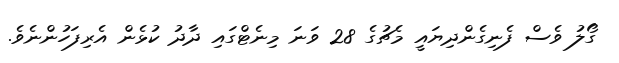
ގޯލު ވެސް ފެނިގެންދިޔައީ މެޗުގެ 28 ވަނަ މިނެޓްގައި ދާދު ކުޅެން އެރިފަހުންނެވެ.